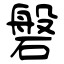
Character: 磐